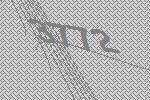
3772